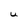
Character: U